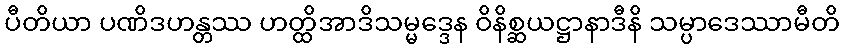
ပီတိယာ ပဏိဒဟန္တဿ ဟတ္ထိအာဒိသမ္မဒ္ဒေန ဝိနိစ္ဆယဋ္ဌာနာဒီနိ သမ္ပာဒေဿာမီတိ